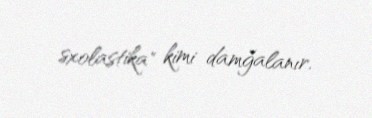
sxolastika" kimi damğalanır.